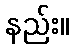
နည်း။